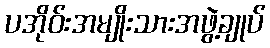
ပအိုဝ်းအမျိုးသားအဖွဲ့ချုပ်